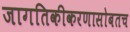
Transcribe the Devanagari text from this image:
जागतिकीकरणासोबतच